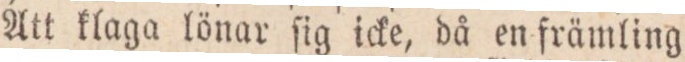
Att klaga lönar ſig icke, då en främling